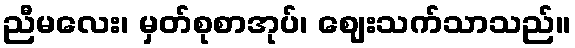
ညီမလေး၊ မှတ်စုစာအုပ်၊ ဈေးသက်သာသည်။